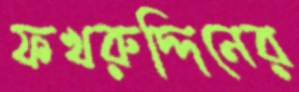
ফখরুদ্দিনের